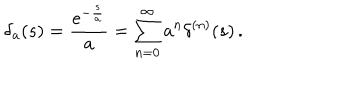
\delta _ { a } ( s ) = \frac { e ^ { - \frac s a } } { a } = \sum _ { n = 0 } ^ { \infty } a ^ { n } \delta ^ { ( n ) } ( s ) \, .